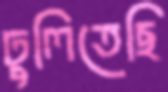
ঢুলিতেছি